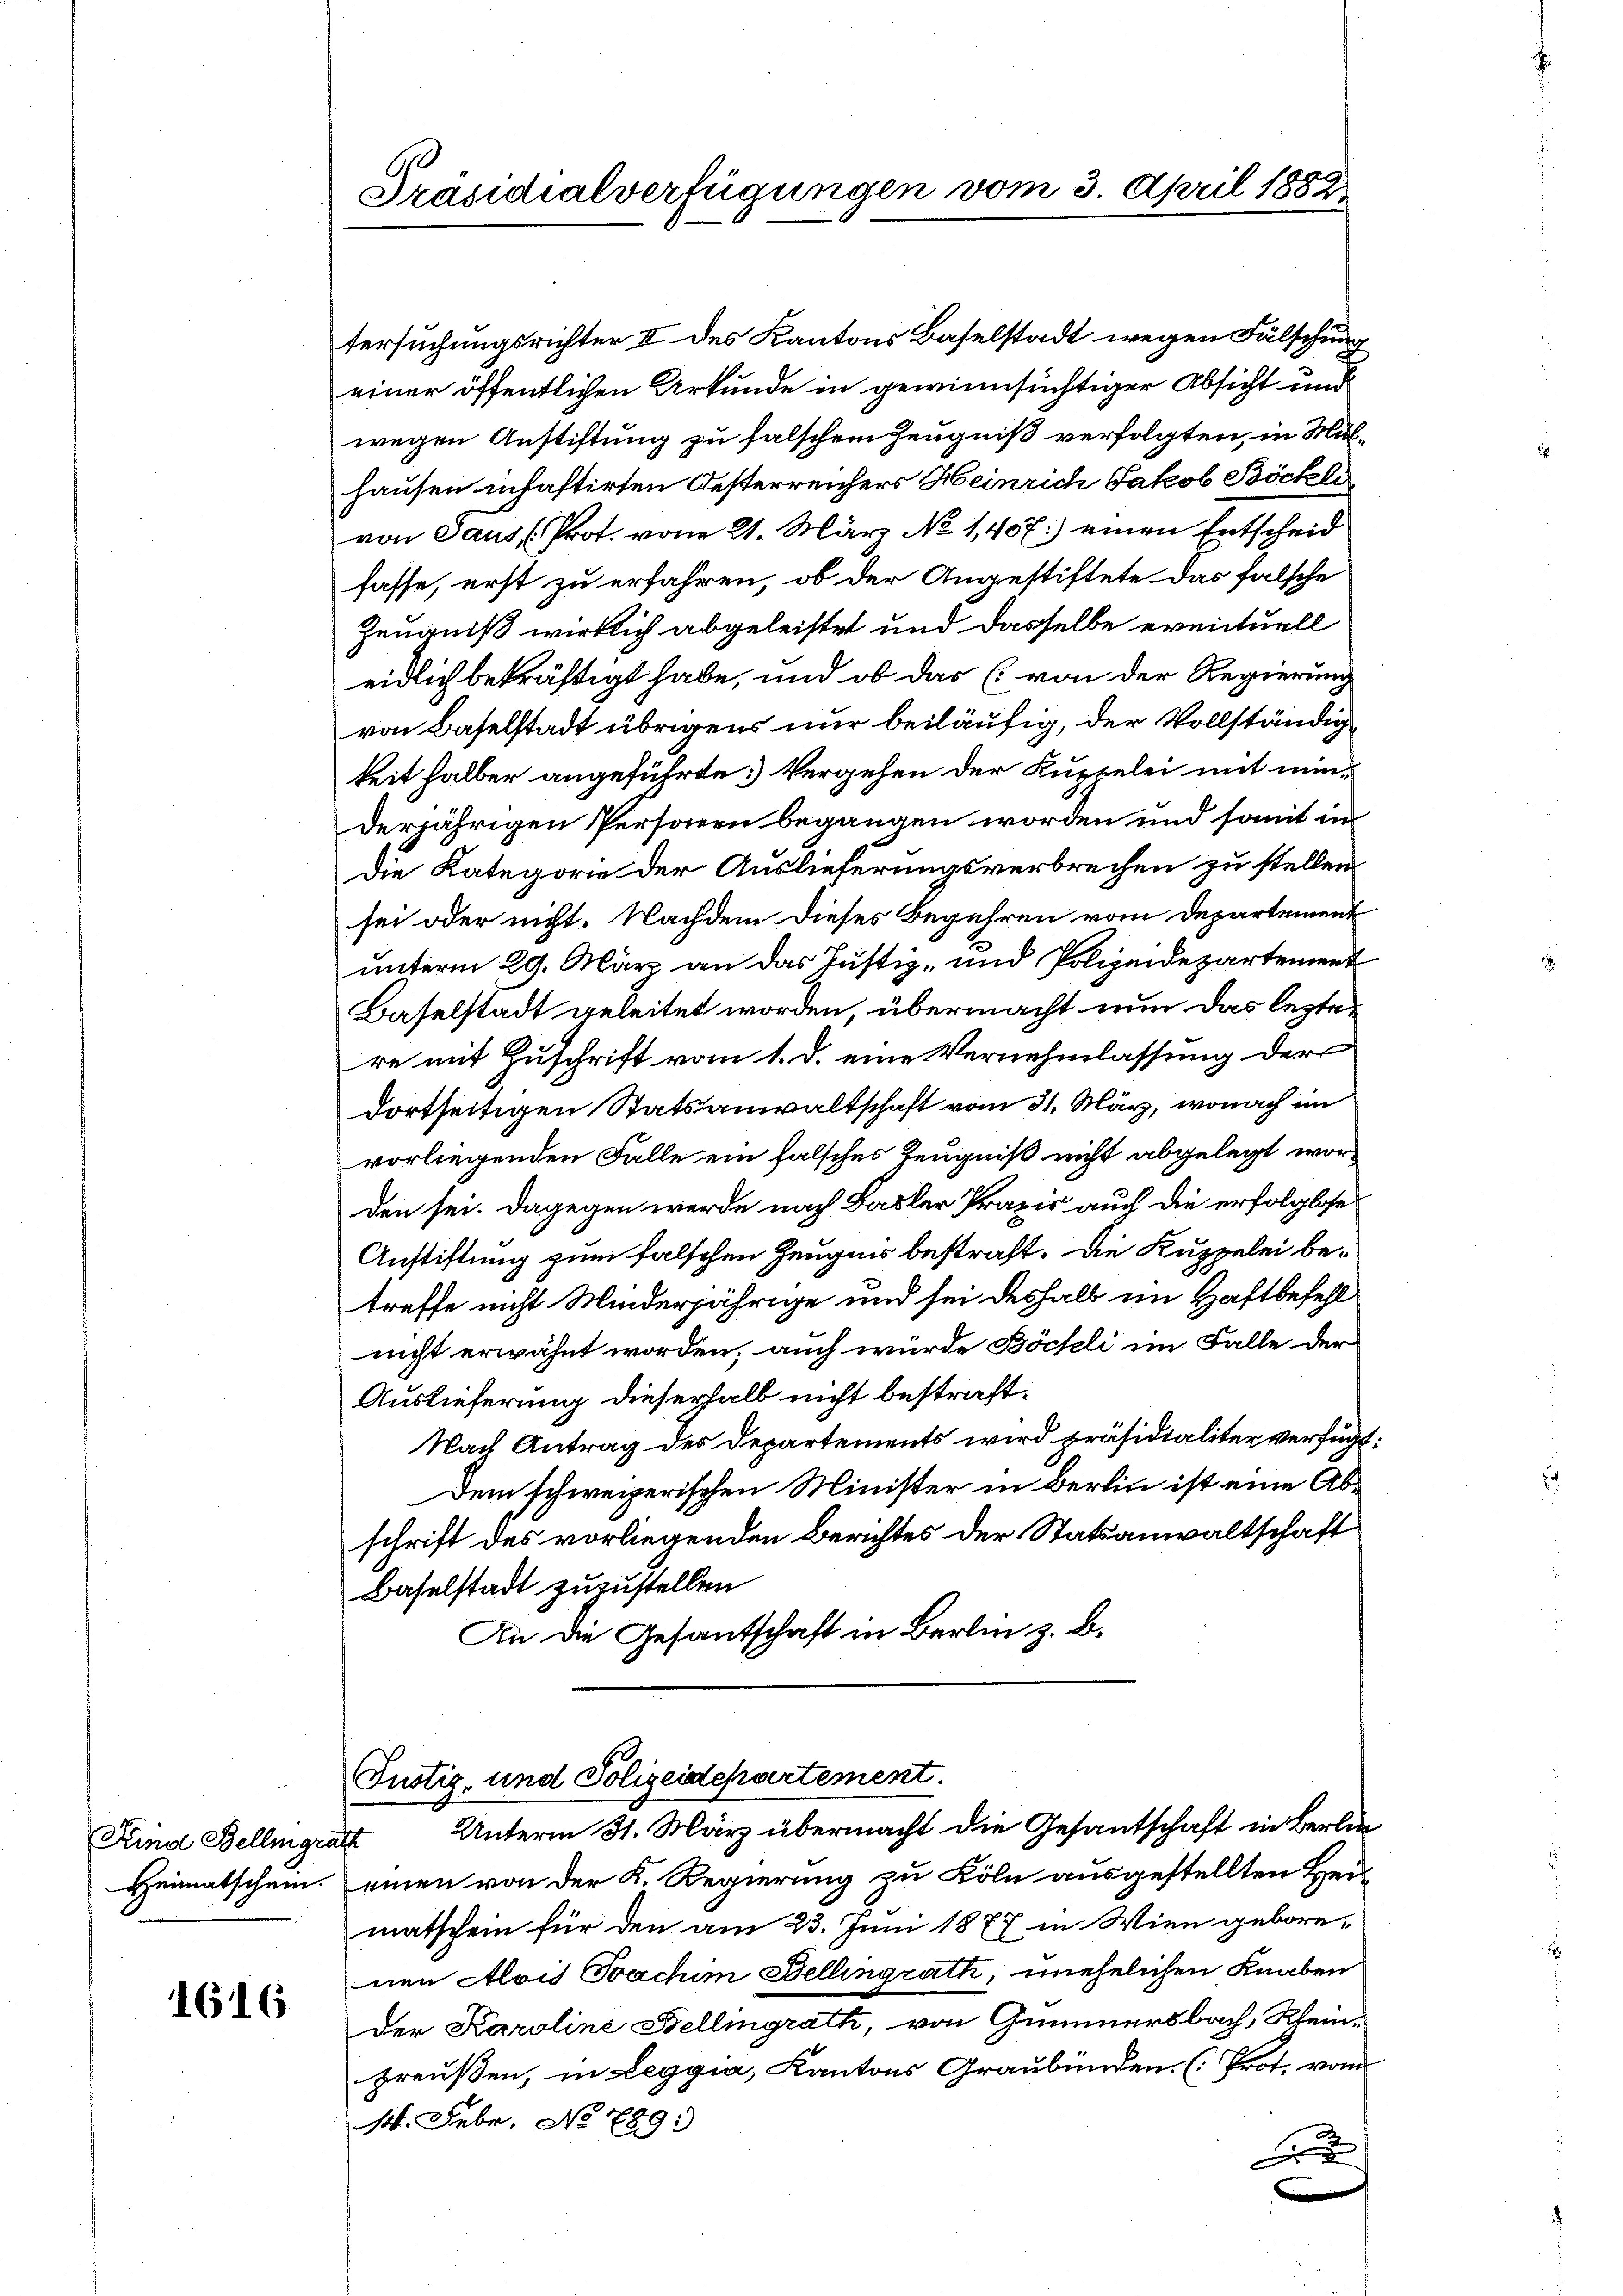
Kind Belligratt
Heimatschein.

1616

Präsidialverfügungen vom 3. April 1882,

tersuchungsrichter II des Kantons Baselstadt wegen Fälschung
einer öffentlichen Urkunde in gewinnsüchtiger Absicht und
wegen Anstiftung zu falschen Zeugniß verfolgten, in Mülhausen inhaftirten Oesterreichers Heinrich Jakob Böckli
von Gaus (Prot. vom 21. März No 1407) einen Entscheid
fasse, erst zu erfahren, ob der Angestiftete das falsche
Zeugniß wirklich abgeleistet und dasselbe eventuell
eidlich bekräftigt habe, und ob das (von der Regierung
von Baselstadt übrigens nur beiläufig, der Vollständigkeit halber angeführte: Vergehen der Kuppelei mit minderjährigen Personen begangen worden und somit in
Die Kategorie der Auslieferungsverbrechen zu stellen.
sei oder nicht. Nachdem dieses Begehren vom Departement
unterm 29. März an das Justiz- und Polizeidepartement
Baselstadt geleitet worden, übermacht nun das leztere mit Zuschrift vom 1. d. eine Vernehmlassung der
dortseitigen Statsanwaltschaft vom 31. März, wonach im
vorliegenden Falle ein falsches Zeugniß nicht abgelegt worden sei. Dagegen werde nach Basler Praxis auch die erfolglose
Anstiftung zum falschen Zeugnis bestraft. Die Kuppelei betreffe nicht Minderjährige und sei deshalb im Haftbefehl
nicht erwähnt worden; auch würde Böchli im Falle der
Auslieferung dieserhalb nicht bestraft¬
Nach Antrag des Departements wird präsidialiter verfügt.
Dem schweizerischen Minister in Berlin ist eine Abschrift des vorliegenden Berichtes der Statsanwaltschaft
Baselstadt zuzustellen
An die Gesantschaft in Berlin z. B.

Justiz- und Polizeidepartement.
Unterm 31. März übermacht die Gesantschaft in Berlin

einen von der K. Regierung zu Köln ausgestellten Heimatschein für den am 23. Juni 1877 in Wien geborenen Alois Fachim Bellingrath, unehelichen Knaben
Der Karoline Belligrath, von Gummersbach, Rhein-
preußen, in Leggia, Kantons Graubünden (Prot. vom
st. Febr. No 789:
F
e